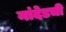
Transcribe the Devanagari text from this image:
नांदेडची